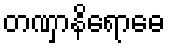
တဏှာနိရောဓေ